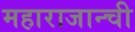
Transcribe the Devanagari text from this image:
महाराजान्ची